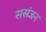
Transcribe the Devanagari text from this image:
ससंजन